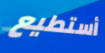
أستطيع